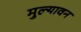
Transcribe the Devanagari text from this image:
मुल्यावन